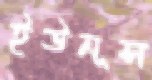
ইউনূস